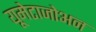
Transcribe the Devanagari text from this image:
यूमेटाजोअन